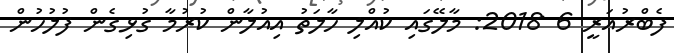
ފެބްރުއަރީ 6 2018: މާލޭގައި ކުއްލި ހާލަތު އިއުލާން ކުރުމާ ގުޅިގެން ފުލުހުން